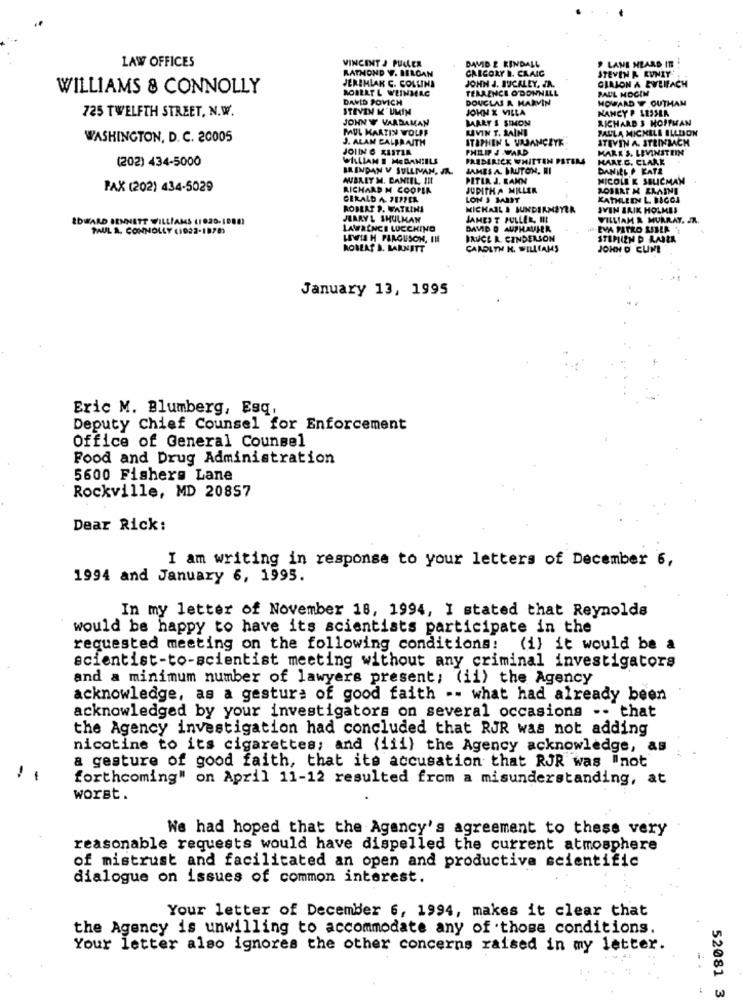
LAW OFFICES
VINCENT J PULLER
DAVID E KINDALL
LANE HEARD IT
RATMOND W. BERGAN
CALCORY I. CRAIG
STEVEN A RUNIT
JERIMLAN C. COLLINS
JOHN J. JUCALEY, JR.
CILION A EWEIFACH
WILLIAMS & CONNOLLY
ROBERT L WEINMAC
TERRENCE O'DONNELL
PAUL MOCIN
DAVID POVICH
DOUGLAS & MARVIN
HOWARD W OUTHAN
725 TWELFTH STREET, N.W.
STEVEN K' UMIN
JOHN X VILLA
NANCY P LESSER
JOHN W VARDAMAN
BAART S SIMON
RICHARD 3 HOFFMAN
MUL KAATIN WOLFF
UVIN T. SAINE
PAULA MICHELE ILLION
WASHINGTON, D. C. 20005
J. ALAN CALBRAITH
STIPHEN & VILJANCEYE
STEVIN A. STEINBACH
JOIN C XISTIA
PHILIP J WARD
MARK'S. LEVINSTEIN
(202) 434-5000
WILLIAM E MEBANIILS
FREDERICK WHITTEN PETERS
HART.C. CLARK
BRENDAN V SULLIVAN. IL.
JAMES A. MAUTOM, MI
DANIEL P KATE
AUBREY M. DANIEL, IF
PETER J. KANN
NICOLE K SBLICMAN
PAX (202) 434-5029
RICHARD M COOPER
JUDITHA MILLER
ROBERT & ERAINE
GERALD A PEPPER
LON I MITT
KATHLEEN L. BIGCI
ROBERT S. WATKINS
MICHAIL & JUNDERMEYER
SVIN BRIK HOLMES
EDWARD BENNETT WILLIAMS (1920-1988)
JEARY& SHULMAN
JAMES T FULLER, III
WILLIAM & MURRAY. JR.
PAUL A. CONNOLLY (1922-1878)
LAWRENCE LUCCHINO
DAVID & AUPHAVIER
-EVA PATRO LUBLA
LEWIS H PARGUSON, IN
BRUCE A. CINDERSON
STEPIEN D RADEK
ROBEAT &. BARNETT
CAROLTH N. WILLIAMS
JOHN D CUNE
January 13, 1995
Eric M. Blumberg, Esq,
Deputy Chief Counsel for Enforcement
Office of General Counsel
Food and Drug Administration
5600 Fishers Lane
Rockville, MD 20857
Dear Rick:
I am writing in response to your letters of December 6,
1994 and January 6, 1995.
In my letter of November 18, 1994, I stated that Reynolds
would be happy to have its scientists participate in the
requested meeting on the following conditions: (i) it would be a
scientist-to-scientist meeting without any criminal investigators
and a minimum number of lawyers present; (ii) the Agency
acknowledge, as a gesture of good faith -- what had already been
acknowledged by your investigators on several occasions .. that
the Agency investigation had concluded that RJR was not adding
nicotine to its cigarettes; and {iii) the Agency acknowledge, as
a gesture of good faith, that its accusation that RJR was "not
! 1
forthcoming" on April 11-12 resulted from a misunderstanding, at
worst.
We had hoped that the Agency's agreement to these very
reasonable requests would have dispelled the current atmosphere
of mistrust and facilitated an open and productive scientific
dialogue on issues of common interest.
Your letter of December 6, 1994, makes it clear that
the Agency is unwilling to accommodate any of those conditions.
Your letter also ignores the other concerns raised in my letter.
52081 3